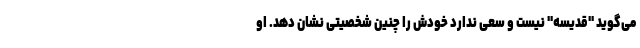
می‌گوید "قدیسه" نیست و سعی ندارد خودش را چنین شخصیتی نشان دهد. او